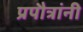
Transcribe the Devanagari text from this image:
प्रपौत्रांनी